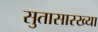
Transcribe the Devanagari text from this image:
सुतासारख्या